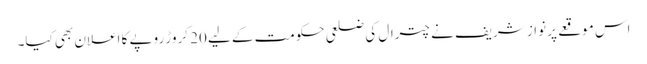
اس موقعے پر نواز شریف نے چترال کی ضلعی حکومت کے لیے 20 کروڑ روپے کا اعلان بھی کیا۔